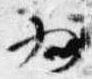
為